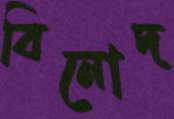
বিনোদ